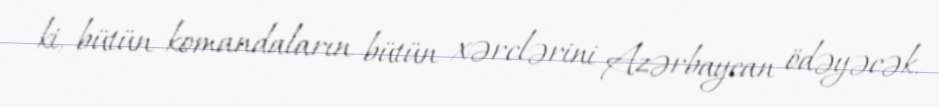
ki, bütün komandaların bütün xərclərini Azərbaycan ödəyəcək.